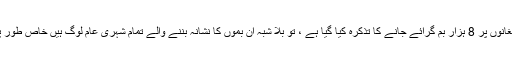
اب جب ہیومن رائٹس واچ نے اپنی نئی رپورٹ جاری کی ہے اور امریکہ کی جانب سے افغانوں پر 8 ہزار بم گرائے جانے کا تذکرہ کیا گیا ہے ، تو بلا شبہ ان بموں کا نشانہ بننے والے تمام شہری عام لوگ ہیں خاص طور پر خواتین اور بچے زیادہ متاثر ہوئے ہیں لیکن امریکہ کو اس کی کوئی پرواہ ہی نہیں ہے ۔